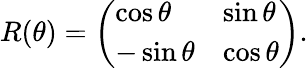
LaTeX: R(\theta)={\left(\begin{array}{ll}{\cos\theta}&{\sin\theta}\\ {-\sin\theta}&{\cos\theta}\end{array}\right)}.